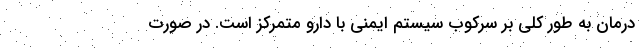
درمان به طور کلی بر سرکوب سیستم ایمنی با دارو متمرکز است. در صورت